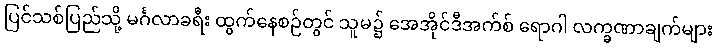
ပြင်သစ်ပြည်သို့ မင်္ဂလာခရီး ထွက်နေစဉ်တွင် သူမ၌ အေအိုင်ဒီအက်စ် ရောဂါ လက္ခဏာချက်များ